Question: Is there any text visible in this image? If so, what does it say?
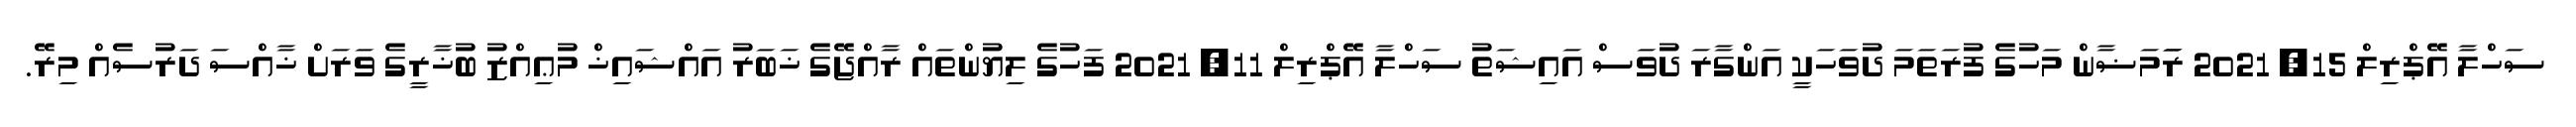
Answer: ސަހްލާ އޭޕްރިލް 15, 2021 ރަަމަޟާން މަހުގެ ފުރަތަމަ ދުވަހަކީ އަންގާރަ ދުވަސް އައިޝަތު ސަހްލާ އޭޕްރިލް 11, 2021 ފަހުގެ ލިޔުންތައް ރާއްޖޭގެ ޚަބަރު އައްޝައިޚް މުޢިއްޒު ބުޚާރީގެ ވަރަށް ޚާއްސަ ދަރުސެއް މިރޭ.